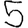
Digit: 5